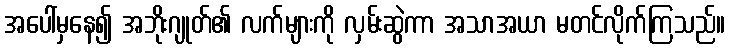
အပေါ်မှနေ၍ အဘိုးဂျုတ်၏ လက်များကို လှမ်းဆွဲကာ အသာအယာ မတင်လိုက်ကြသည်။